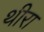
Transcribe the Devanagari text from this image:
थीरा